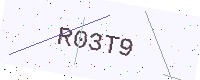
Text: R03T9